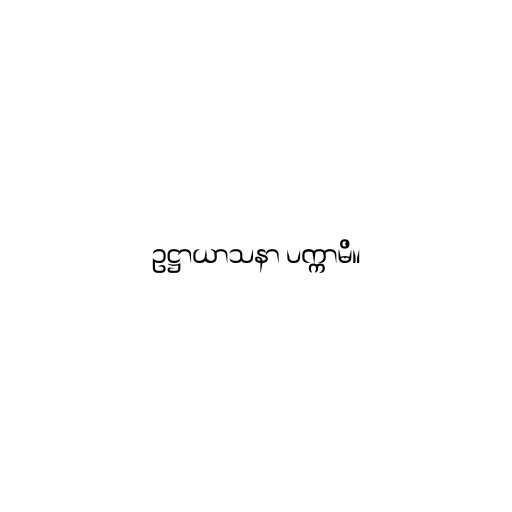
ဥဋ္ဌာယာသနာ ပက္ကာမိ။